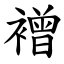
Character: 䙢